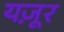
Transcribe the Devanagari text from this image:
यज़ूर